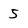
Character: 5